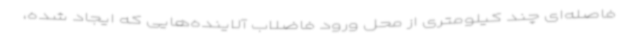
فاصله‌ای چند کیلومتری از محل ورود فاضلاب آلاینده‌هایی که ایجاد شده،